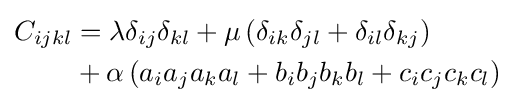
{\begin{aligned}C_{ijkl}&=\lambda \delta _{ij}\delta _{kl}+\mu \left(\delta _{ik}\delta _{jl}+\delta _{il}\delta _{kj}\right)\\&+\alpha \left(a_{i}a_{j}a_{k}a_{l}+b_{i}b_{j}b_{k}b_{l}+c_{i}c_{j}c_{k}c_{l}\right)\end{aligned}}